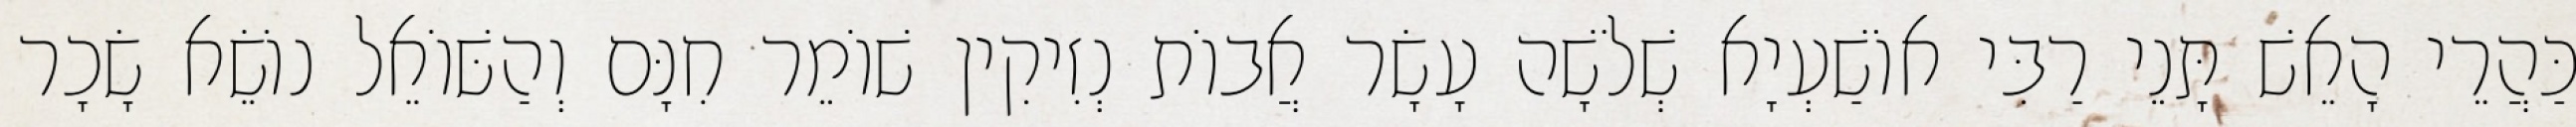
כַּהֲרֵי הָאֵשׁ תָּנֵי רַבִּי אוֹשַׁעְיָא שְׁלֹשָׁה עָשָׂר אֲבוֹת נְזִיקִין שׁוֹמֵר חִנָּם וְהַשּׁוֹאֵל נוֹשֵׂא שָׂכָר